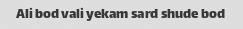
Ali bod vali yekam sard shude bod